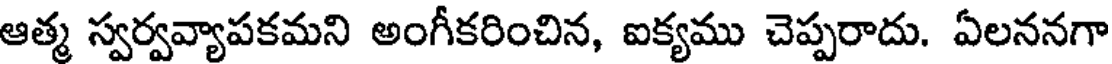
ఆత్మ స్వర్వవ్యాపకమని అంగీకరించిన, ఐక్యము చెప్పరాదు. ఏలననగా